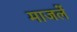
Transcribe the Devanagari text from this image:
माजलें